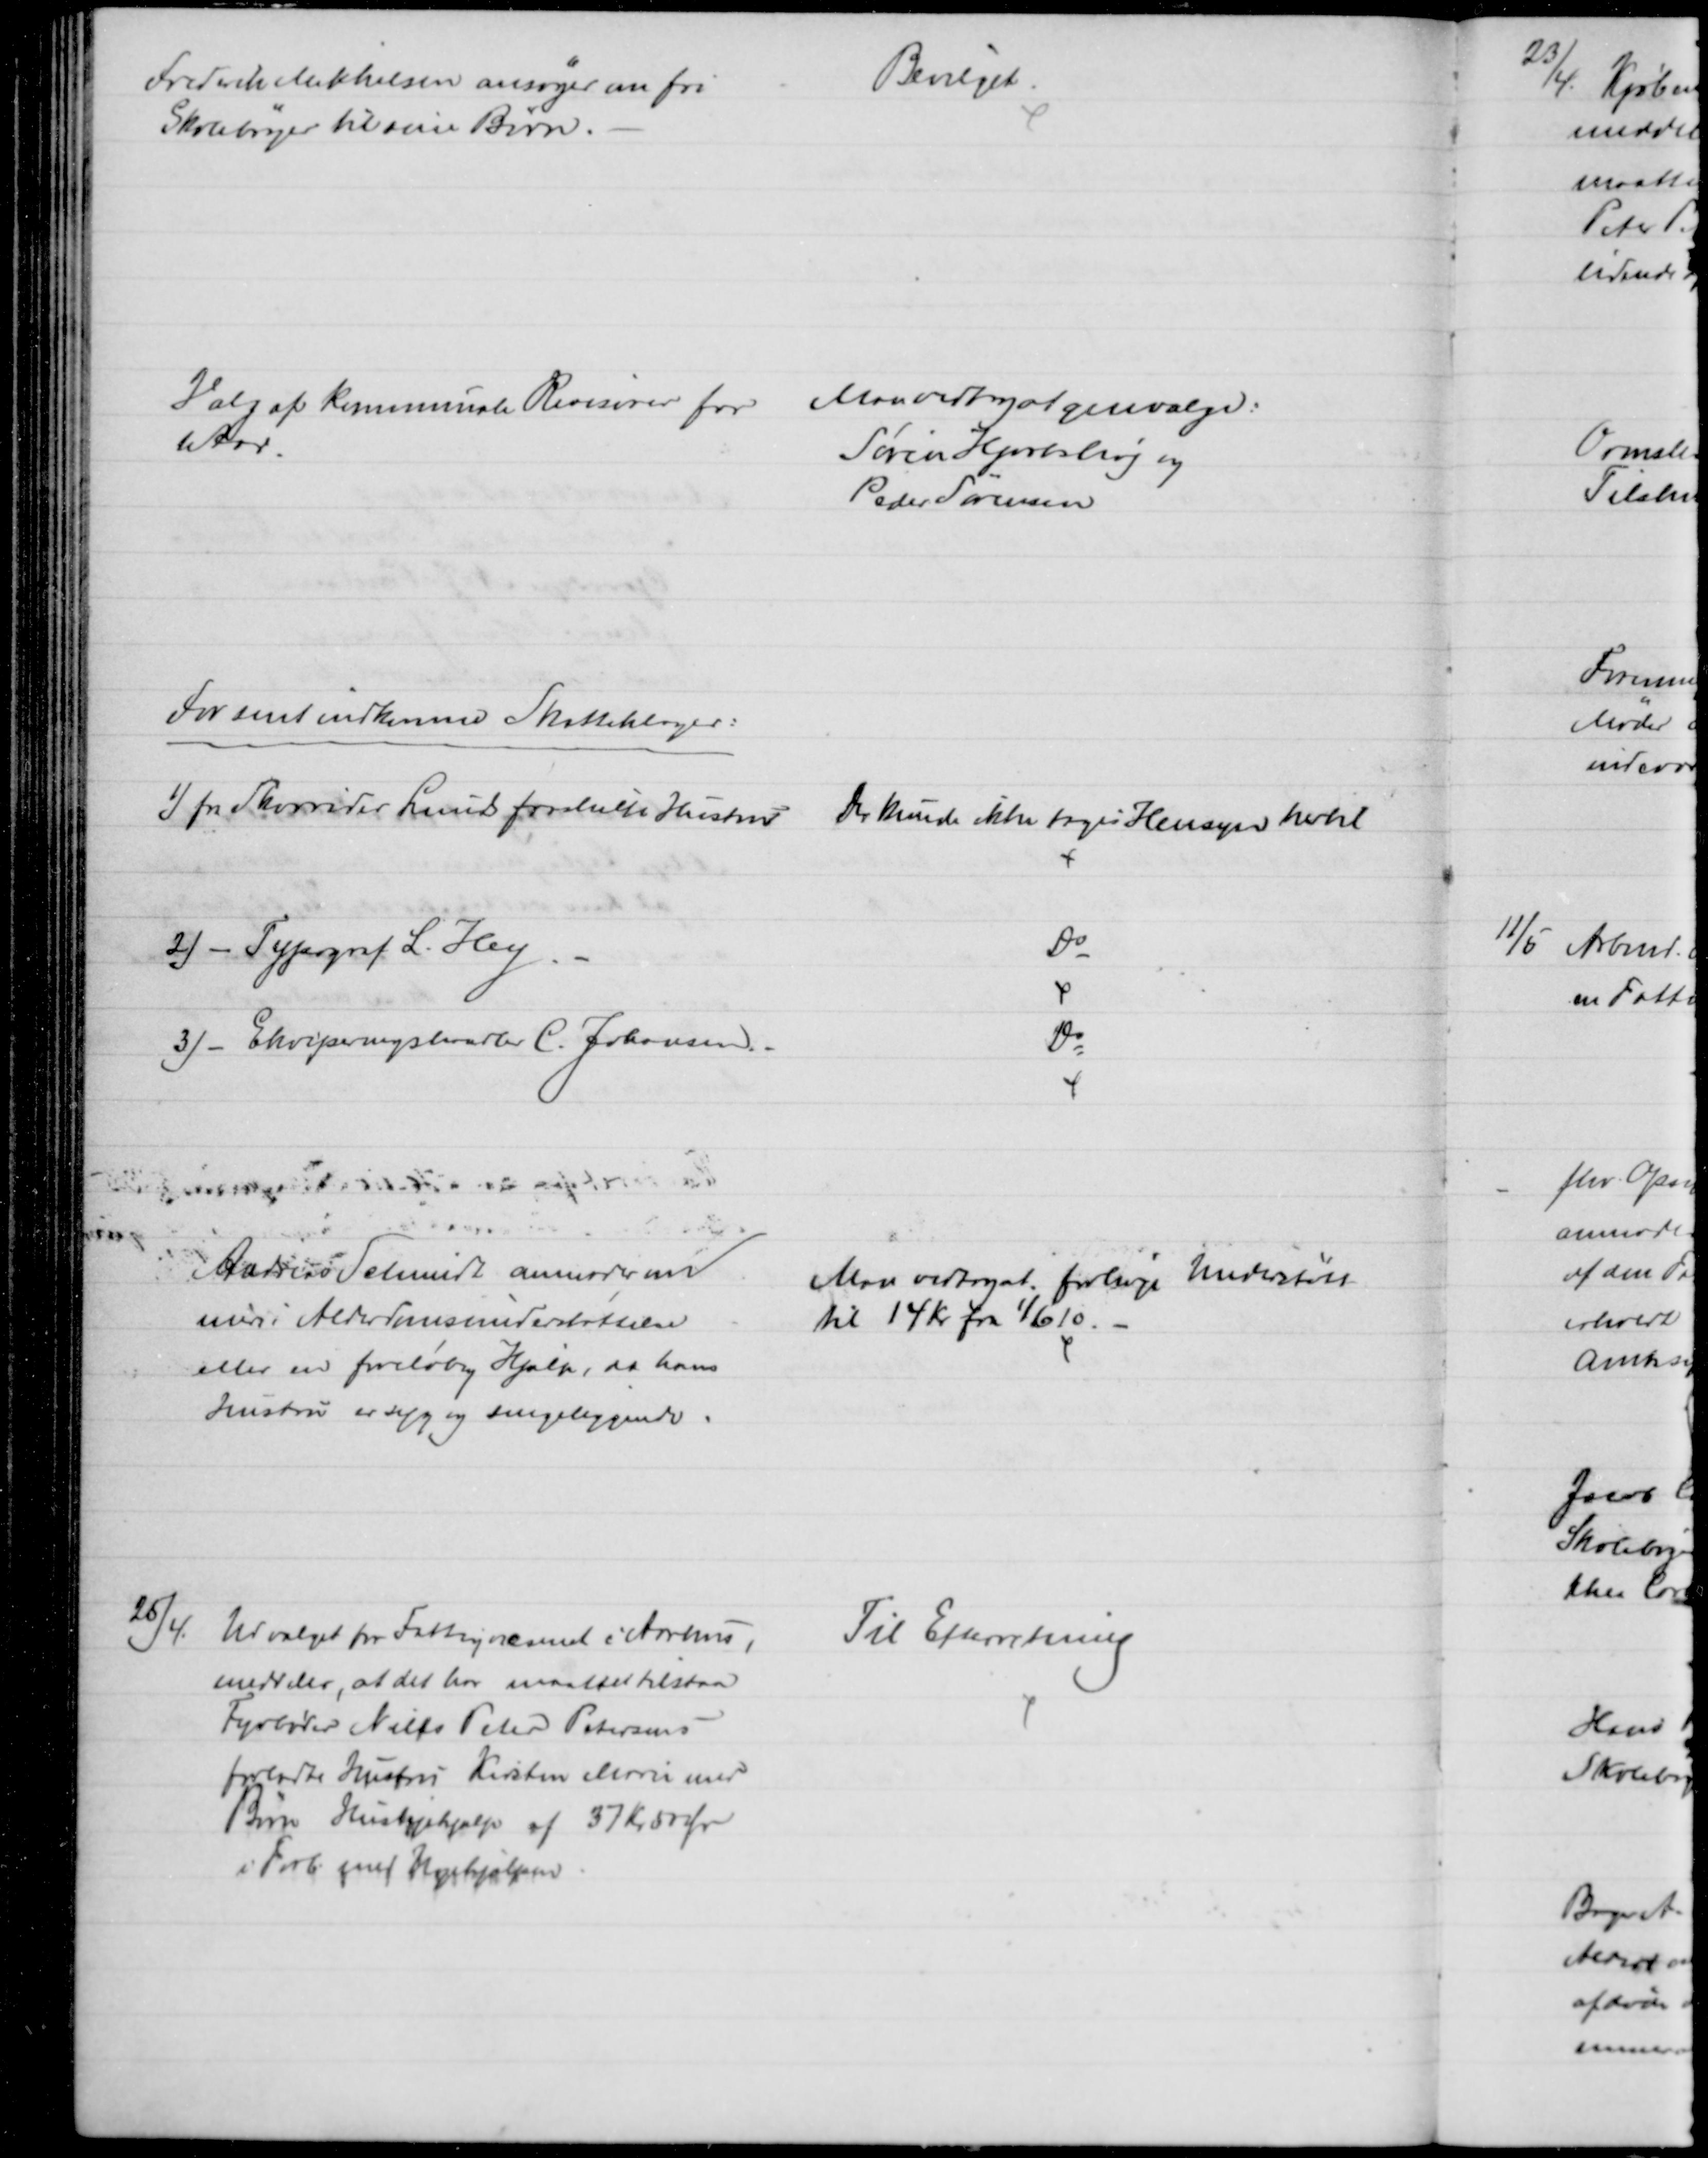
Transskription:
Frederik Mikkelsen ansøger om fri
Skolebøger til sine Børn.
Bevilget
Valg af kommunale Revisorer for
1 Aar.
Man vedtog at vælge:
Søren Hjortshøj og
Peder Sørensen
For sent indkomne Skatteklager:
1) fra Skovrider Lunds fraskilte Hustru
Der kunde ikke tages Hensyn hertil
2) - Typograf L. Hey. -
Do
3) - Ekviperingshandler C. Johansen.
Do
Andreas Schmidt anmoder om
mere Alderdomsunderstøttelse
eller en foreløbig Hjælp, da hans
Hustru er syg og sengeliggende.
Man vedtog at forhøje Understøtt
til 14 Kr fra 1/6 10.
25/4
Udvalget for Fattigvæsenet i Aarhus
meddeler, at det har maattet tilstaa
Fyrbøder Niels Peter Petersens
forladte Hustru Kirsten Marie med
Børn Huslejehjælp af 37 Kr 50 Øre
i Forb med Ugehjælpen.
Til Efterretning